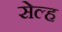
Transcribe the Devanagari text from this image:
सेल्‍ह